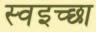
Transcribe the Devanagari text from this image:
स्वइच्छा